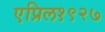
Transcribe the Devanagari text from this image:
एप्रिल१९२७